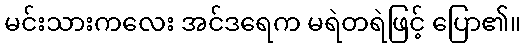
မင်းသားကလေး အင်ဒရေက မရဲတရဲဖြင့် ပြော၏။